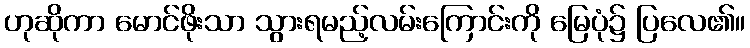
ဟုဆိုကာ မောင်ဖိုးသာ သွားရမည့်လမ်းကြောင်းကို မြေပုံ၌ ပြလေ၏။